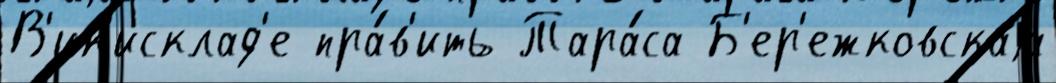
В'ик'исклад'е пра́в'ить Тара́са Б'ер'ежковскаjа